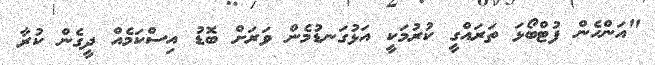
"އަންހެން ފުޓްބޯޅަ ތަރައްގީ ކުރުމަކީ އަޅުގަނޑުމެން ވަރަށް ބޮޑު އިސްކަމެއް ދީގެން ކުރާ